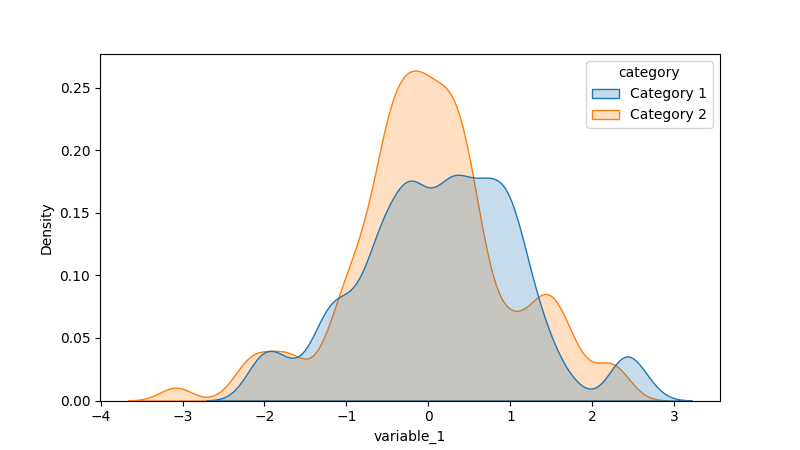
python, seaborn, kdeplot, hue='category', fill=True, bw_adjust=0.5